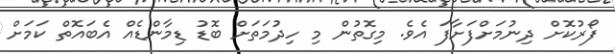
ފޯރުކޮށް ދިނުމަށްފަށާފަ އެވެ. މިގޮތުން މި ހިދުމަތަށް ބޮޑު ޑިމާންޑެއް އެބައޮތް ކަމަށް